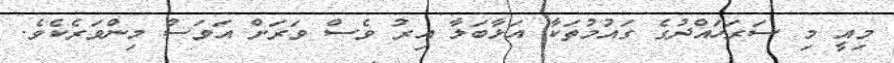
މިއީ މި ސަރަހައްދުގެ ގައުމުތަކާ އަޅާބަލާ އިރު ވެސް ވަރަށް އަވަސް މިންވަރެކެވެ.